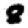
Digit: 8